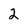
Character: 2